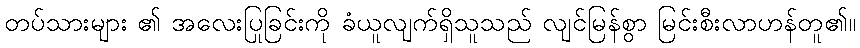
တပ်သားများ ၏ အလေးပြုခြင်းကို ခံယူလျက်ရှိသူသည် လျင်မြန်စွာ မြင်းစီးလာဟန်တူ၏။